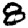
Digit: 8